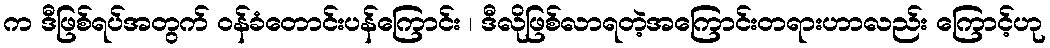
က ဒီဖြစ်ရပ်အတွက် ဝန်ခံတောင်းပန်ကြောင်း ၊ ဒီလိုဖြစ်လာရတဲ့အကြောင်းတရားဟာလည်း ကြောင့်ဟု